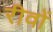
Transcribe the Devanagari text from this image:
रीवों